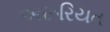
અરૂરિયત